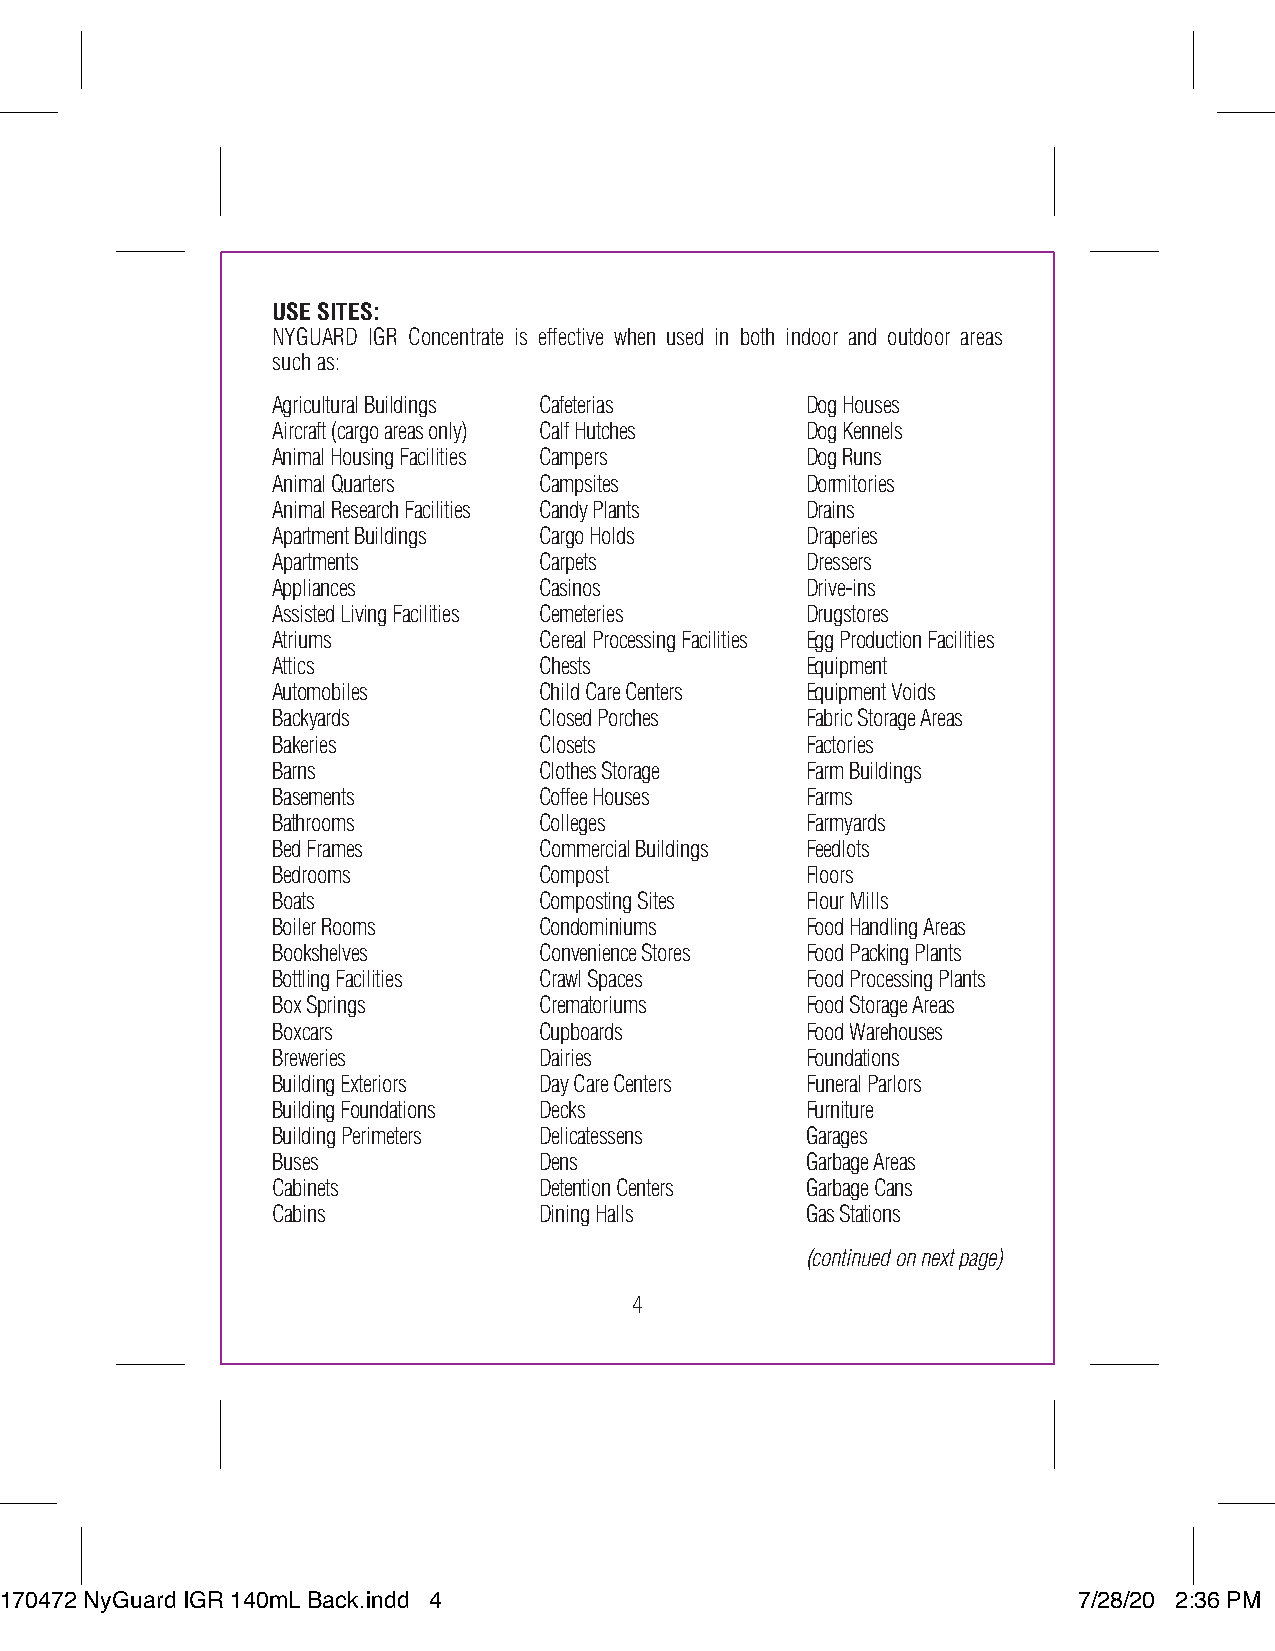
USE SITES:
 NYGUARD IGR Concentrate is effective when used in both indoor and outdoor areas
 such as:
 Agricultural Buildings Cafeterias  Dog Houses
 Aircraft (cargo areas only) Calf Hutches Dog Kennels
 Animal Housing Facilities Campers  Dog Runs
 Animal Quarters   Campsites        Dormitories
 Animal Research Facilities Candy Plants Drains
 Apartment Buildings Cargo Holds    Draperies
 Apartments        Carpets          Dressers
 Appliances        Casinos          Drive-ins
 Assisted Living Facilities Cemeteries Drugstores
 Atriums           Cereal Processing Facilities Egg Production Facilities
 Attics            Chests           Equipment
 Automobiles       Child Care Centers Equipment Voids
 Backyards         Closed Porches   Fabric Storage Areas
 Bakeries          Closets          Factories
 Barns             Clothes Storage  Farm Buildings
 Basements         Coffee Houses    Farms
 Bathrooms         Colleges         Farmyards
 Bed Frames        Commercial Buildings Feedlots
 Bedrooms          Compost          Floors
 Boats             Composting Sites Flour Mills
 Boiler Rooms      Condominiums     Food Handling Areas
 Bookshelves       Convenience Stores Food Packing Plants
 Bottling Facilities Crawl Spaces   Food Processing Plants
 Box Springs       Crematoriums     Food Storage Areas
 Boxcars           Cupboards        Food Warehouses
 Breweries         Dairies          Foundations
 Building Exteriors Day Care Centers Funeral Parlors
 Building Foundations Decks         Furniture
 Building Perimeters Delicatessens  Garages
 Buses             Dens             Garbage Areas
 Cabinets          Detention Centers Garbage Cans
 Cabins            Dining Halls     Gas Stations
 (continued on next page)
 4
 117700447722 NNyyGGuuaarrdd IIGGRR 114400mmLL BBaacckk..iinndddd 44    77//2288//2200 22::3366 PPMM